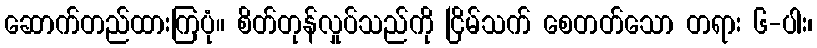
ဆောက်တည်ထားကြပုံ။ စိတ်တုန်လှုပ်သည်ကို ငြိမ်သက် စေတတ်သော တရား ၆-ပါး၊